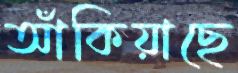
আঁকিয়াছে